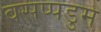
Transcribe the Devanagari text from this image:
वसप्पडुम